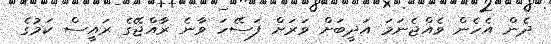
ދެން އެހެން ވެއްޖެނަމަ އަދީބަށް ވަރަށް ފަސޭހަ ވާނެ ރާއްޖޭގެ ރައީސް ކަމުގެ